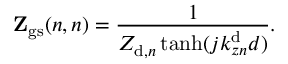
\mathbf { Z } _ { \mathrm { g s } } ( n , n ) = \frac { 1 } { Z _ { \mathrm { d } , n } \operatorname { t a n h } ( j k _ { z n } ^ { \mathrm { d } } d ) } .